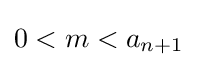
0<m<a_{n+1}